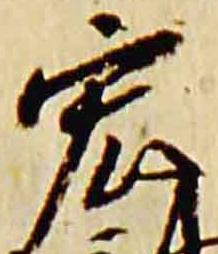
宏